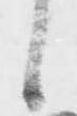
し